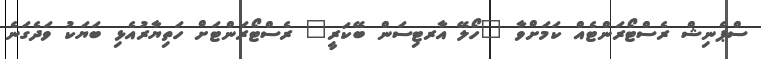
ސްޕެނިޝް ރެސްޓޯރަންޓެއް ކަމަށްވާ "ހޯލޭ އާރޓިސަން ބޭކަރީ" ރެސްޓޯރަންޓަށް ހަތިޔާރުއެޅި ބަޔަކު ވަދެގަނެ